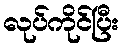
လုပ်ကိုင်ပြီး